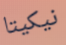
نيكيتا